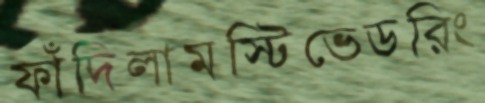
ফাঁদিলামস্টিভেডরিং